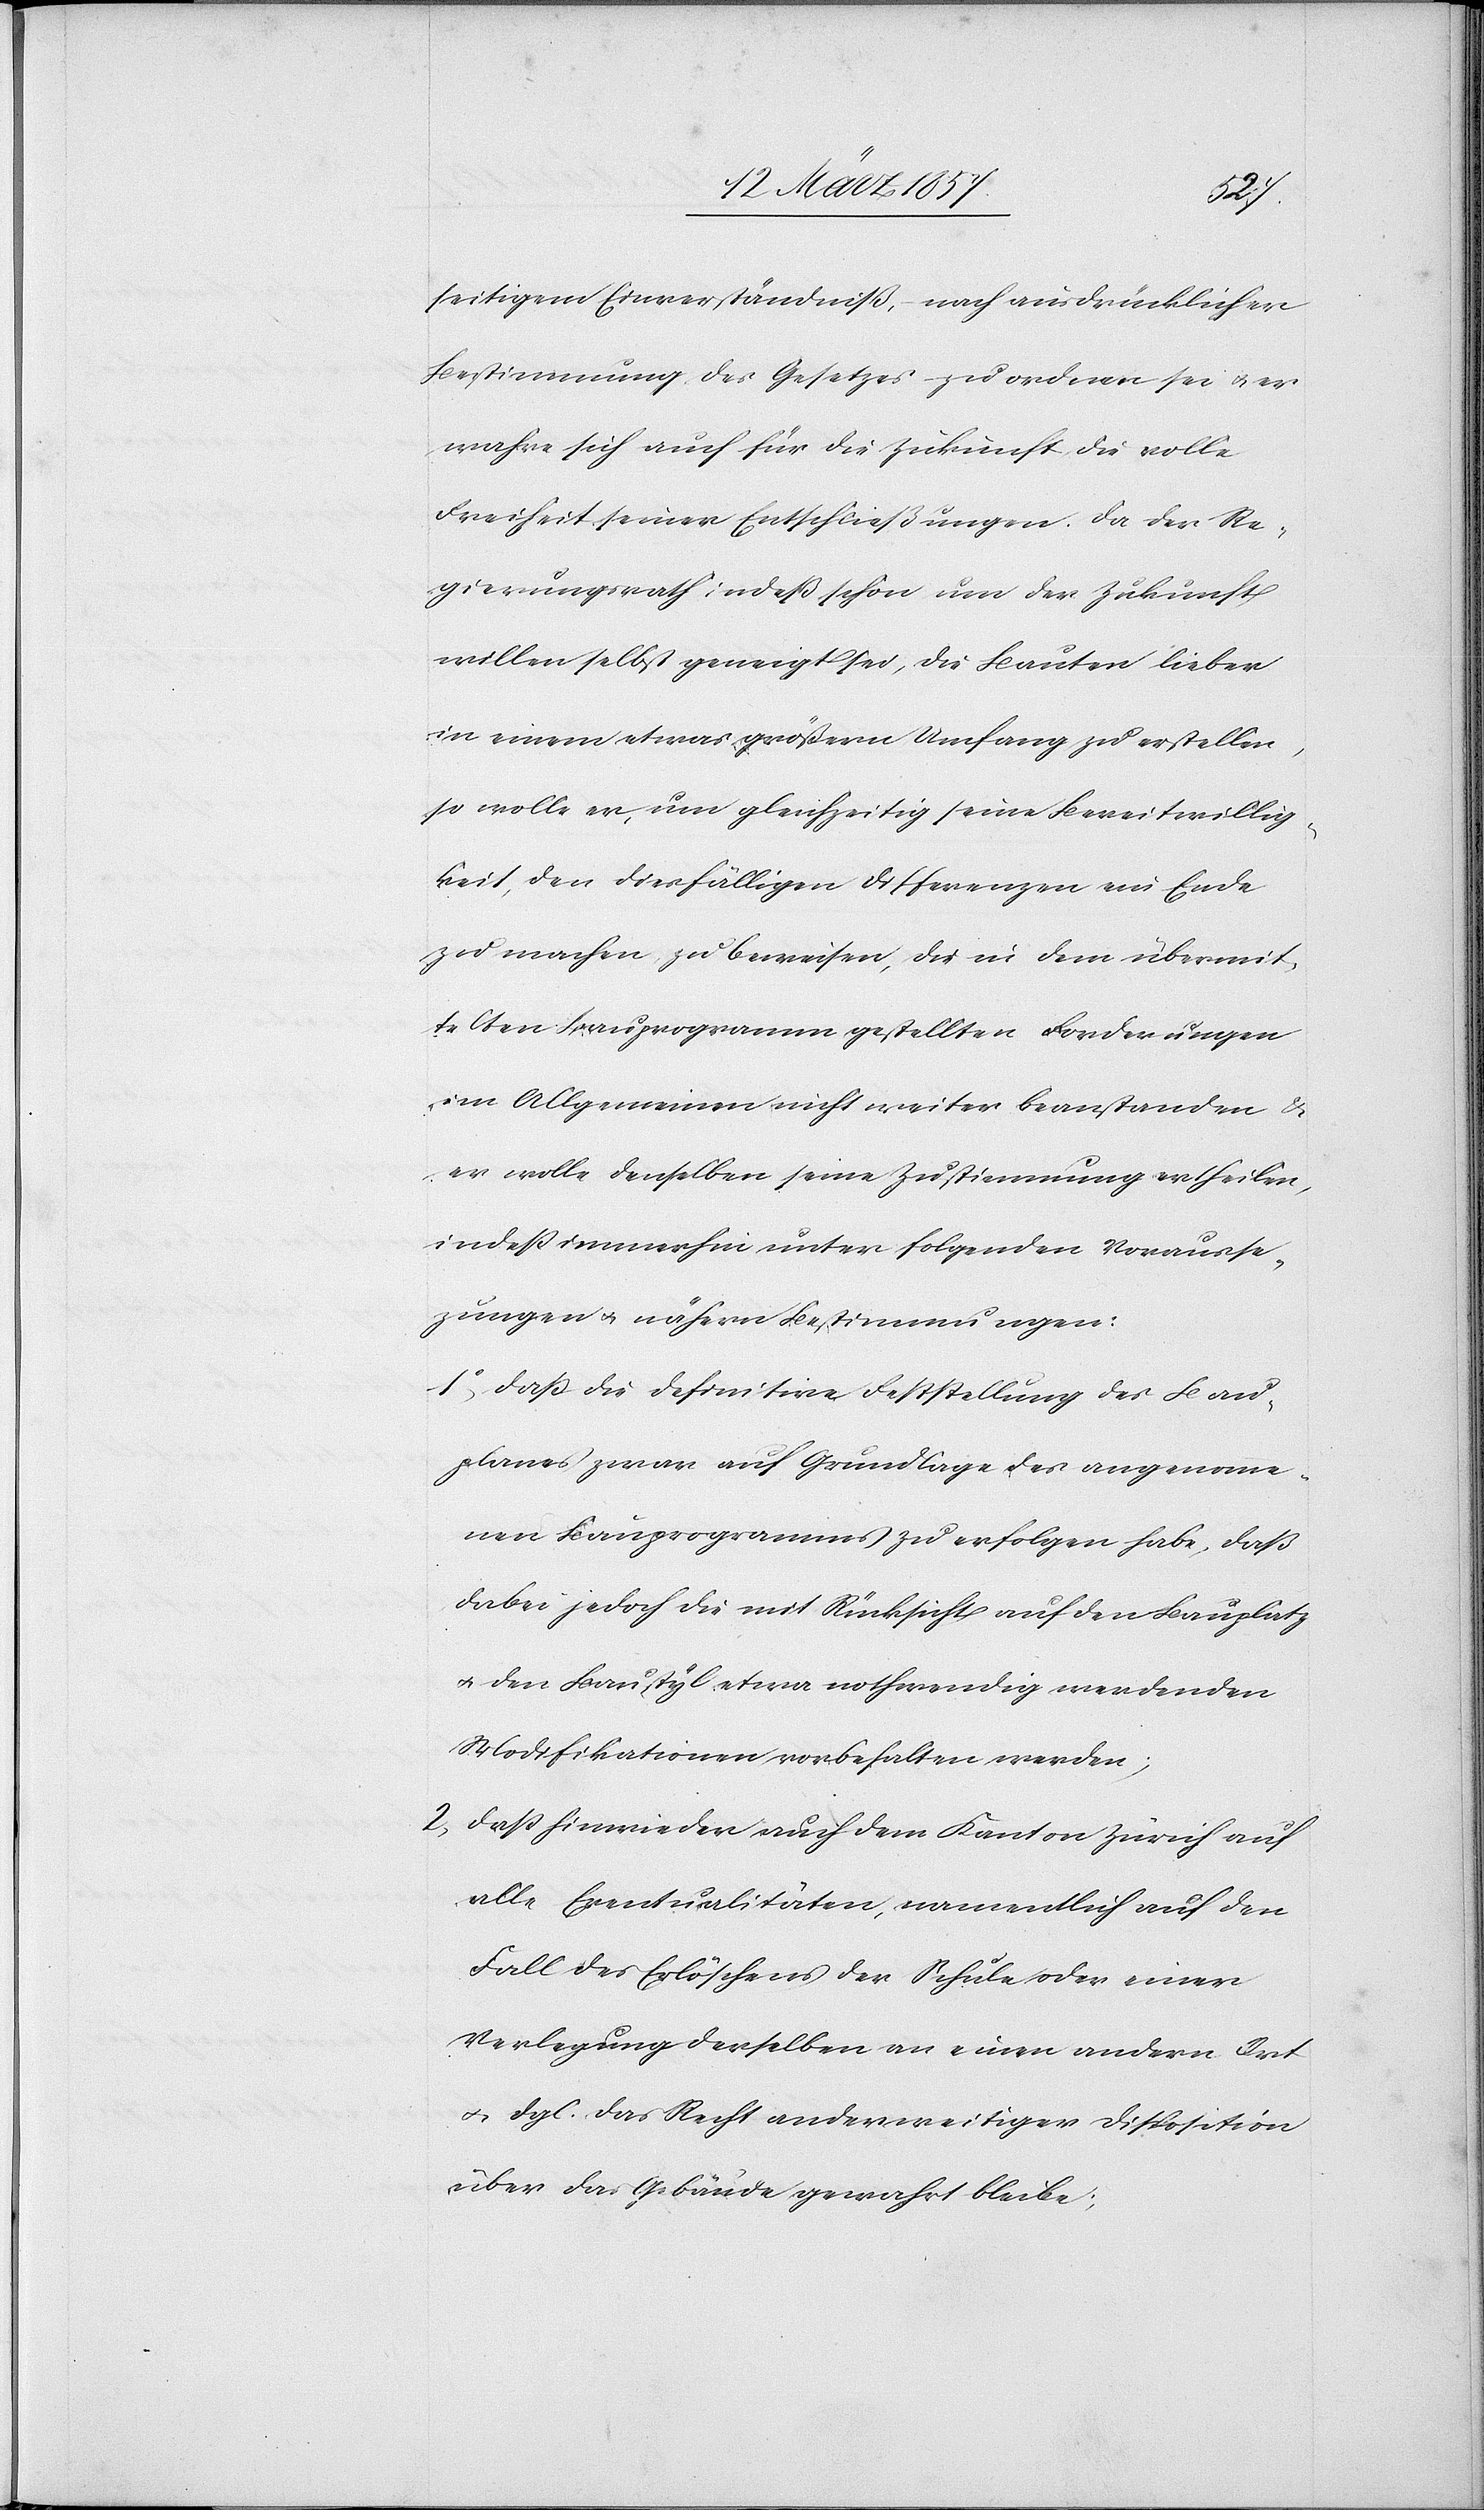
seitigem Einverständniß, nach ausdrücklicher
Bestimmung des Gesetzes zu ordnen sei u. er
wahre sich auch für die Zukunft die volle
Freiheit seiner Entschließungen. Da der Re¬
gierungsrath indeß schon um der Zukunft
willen selbst geneigt sei, die Bauten lieber
in einem etwas größern Umfang zu erstellen,
so wolle er, um gleichzeitig seine Bereitwillig¬
keit, den diesfälligen Differenzen ein Ende
zu machen, zu beweisen, die in dem übermit¬
telten Bauprogramm gestellten Forderungen
im Allgemeinen nicht weiter beanstanden &
er wolle denselben seine Zustimmung ertheilen,
indeß immerhin unter folgenden Vorausse¬
zungen u. nähern Bestimmungen:
1o daß die definitive Feststellung des Bau¬
planes zwar auf Grundlage des angenomme¬
nen Bauprogramms zu erfolgen habe, daß
dabei jedoch die mit Rücksicht auf den Bauplatz
u. den Baustyl etwa nothwendig werdenden
Modifikationen vorbehalten werde;
2. daß hinwieder auch dem Kanton Zürich auf
alle Eventualitäten, namentlich auf den
Fall des Erlöschens der Schule oder einer
Verlegung derselben an einen andern Ort
u. dgl. das Recht anderweitiger Disposition
über das Gebäude gewahrt bleibe;